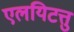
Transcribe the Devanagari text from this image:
एलयिटत्तु